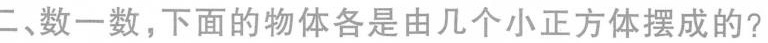
二、数一数，下面的物体各是由几个小正方体摆成的？